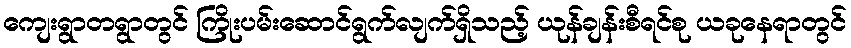
ကျေးရွာတရွာတွင် ကြိုးပမ်းဆောင်ရွက်လျက်ရှိသည့် ယုန်ချန်းစီရင်စု ယခုနေရာတွင်